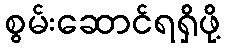
စွမ်းဆောင်ရရှိဖို့